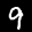
Label: 9